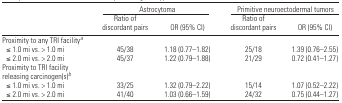
|  | <COLSPAN=2> Astrocytoma | <COLSPAN=2> Primitive neuroectodermal tumors |
 |  | Ratio of discordant pairs | OR (95% CI) | Ratio of discordant pairs | OR (95% CI) |
 | --- | --- | --- | --- | --- |
 | <COLSPAN=5> Proximity to any TRI facilitya |
 | ≤ 1.0 mi vs. > 1.0 mi | 45/38 | 1.18 (0.77–1.82) | 25/18 | 1.39 (0.76–2.55) |
 | ≤ 2.0 mi vs. > 2.0 mi | 45/37 | 1.22 (0.79–1.88) | 21/29 | 0.72 (0.41–1.27) |
 | <COLSPAN=5> Proximity to TRI facility releasing carcinogen(s)b |
 | ≤ 1.0 mi vs. > 1.0 mi | 33/25 | 1.32 (0.79–2.22) | 15/14 | 1.07 (0.52–2.22) |
 | ≤ 2.0 mi vs. > 2.0 mi | 41/40 | 1.03 (0.66–1.59) | 24/32 | 0.75 (0.44–1.27) |